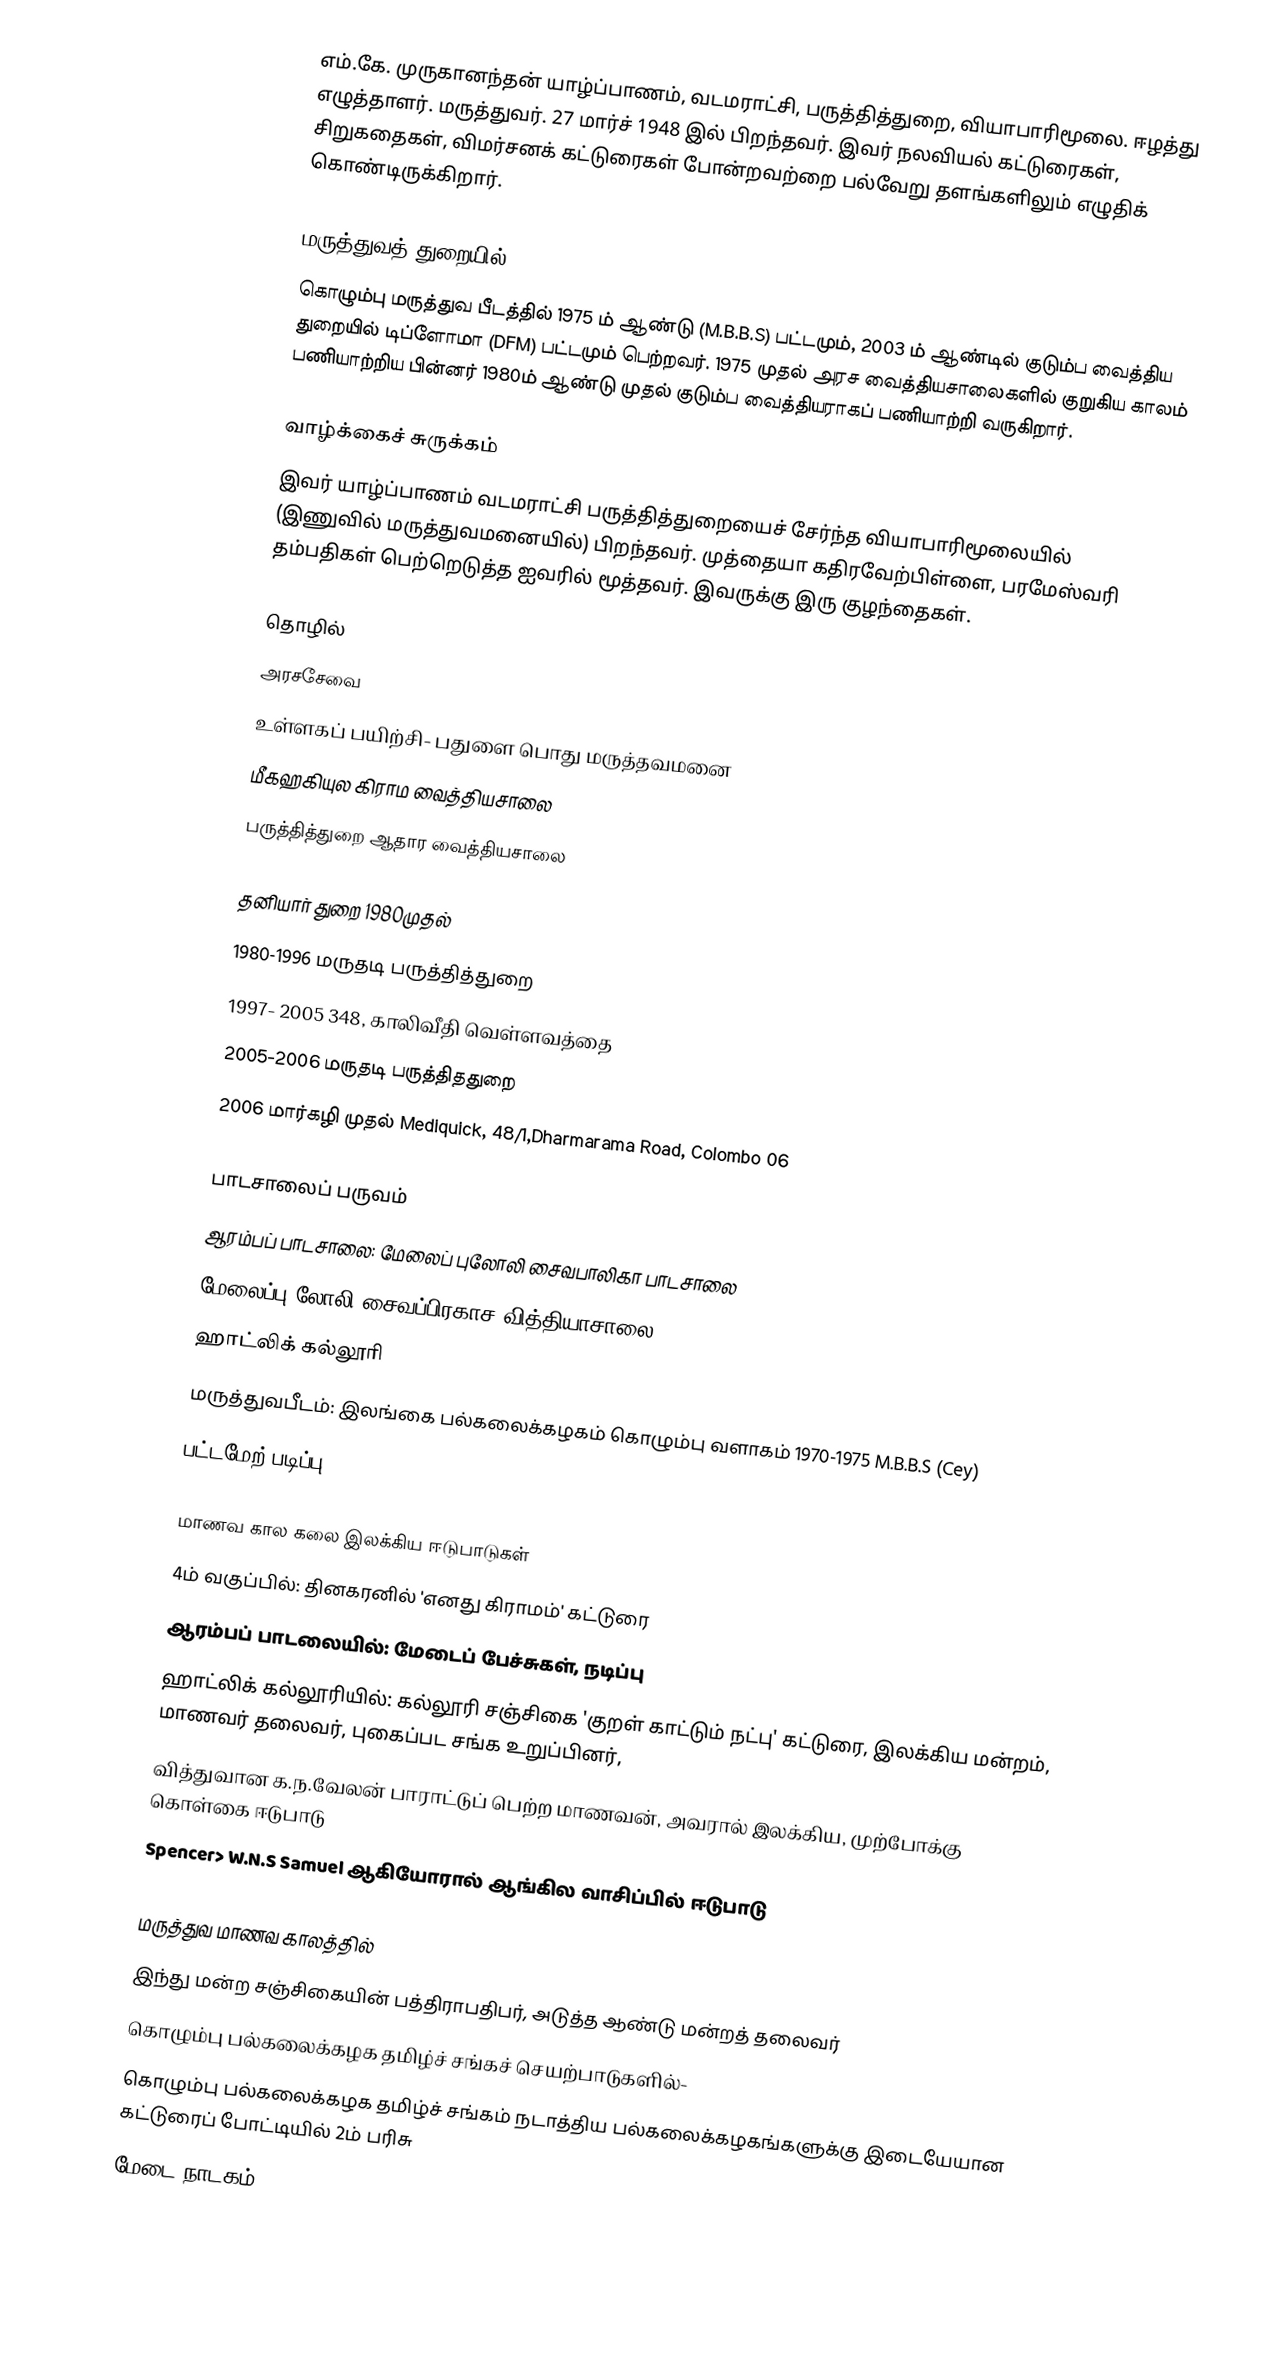
எம்.கே. முருகானந்தன் யாழ்ப்பாணம், வடமராட்சி, பருத்தித்துறை, வியாபாரிமூலை. ஈழத்து எழுத்தாளர். மருத்துவர். 27 மார்ச் 1948 இல் பிறந்தவர். இவர் நலவியல் கட்டுரைகள், சிறுகதைகள், விமர்சனக் கட்டுரைகள் போன்றவற்றை பல்வேறு தளங்களிலும் எழுதிக் கொண்டிருக்கிறார்.

மருத்துவத் துறையில்
கொழும்பு மருத்துவ பீடத்தில் 1975 ம் ஆண்டு (M.B.B.S) பட்டமும், 2003 ம் ஆண்டில் குடும்ப வைத்திய துறையில் டிப்ளோமா (DFM) பட்டமும் பெற்றவர். 1975 முதல் அரச வைத்தியசாலைகளில் குறுகிய காலம் பணியாற்றிய பின்னர் 1980ம் ஆண்டு முதல் குடும்ப வைத்தியராகப் பணியாற்றி வருகிறார்.

வாழ்க்கைச் சுருக்கம்
இவர் யாழ்ப்பாணம் வடமராட்சி பருத்தித்துறையைச் சேர்ந்த வியாபாரிமூலையில் (இணுவில் மருத்துவமனையில்) பிறந்தவர். முத்தையா கதிரவேற்பிள்ளை, பரமேஸ்வரி தம்பதிகள் பெற்றெடுத்த ஐவரில் மூத்தவர். இவருக்கு இரு குழந்தைகள்.

தொழில்
அரசசேவை
 உள்ளகப் பயிற்சி- பதுளை பொது மருத்தவமனை
 மீகஹகியுல கிராம வைத்தியசாலை
 பருத்தித்துறை ஆதார வைத்தியசாலை

தனியார் துறை 1980முதல்
 1980-1996 மருதடி பருத்தித்துறை
 1997- 2005 348, காலிவீதி வெள்ளவத்தை
 2005-2006 மருதடி பருத்திததுறை
 2006 மார்கழி முதல் Mediquick, 48/1,Dharmarama Road, Colombo 06

பாடசாலைப் பருவம்
 ஆரம்பப் பாடசாலை: மேலைப் புலோலி சைவபாலிகா பாடசாலை
 மேலைப்பு லோலி சைவப்பிரகாச வித்தியாசாலை
 ஹாட்லிக் கல்லூரி
 மருத்துவபீடம்: இலங்கை பல்கலைக்கழகம் கொழும்பு வளாகம் 1970-1975 M.B.B.S (Cey)
 பட்டமேற் படிப்பு: Diploma in Family Medicine (Colombo)

மாணவ கால கலை இலக்கிய ஈடுபாடுகள்
 4ம் வகுப்பில்: தினகரனில் 'எனது கிராமம்' கட்டுரை
 ஆரம்பப் பாடலையில்: மேடைப் பேச்சுகள், நடிப்பு
 ஹாட்லிக் கல்லூரியில்: கல்லூரி சஞ்சிகை 'குறள் காட்டும் நட்பு' கட்டுரை, இலக்கிய மன்றம், மாணவர் தலைவர், புகைப்பட சங்க உறுப்பினர்,
 வித்துவான க.ந.வேலன் பாராட்டுப் பெற்ற மாணவன், அவரால் இலக்கிய, முற்போக்கு கொள்கை ஈடுபாடு
 Spencer> W.N.S Samuel ஆகியோரால் ஆங்கில வாசிப்பில் ஈடுபாடு

மருத்துவ மாணவ காலத்தில்
 இந்து மன்ற சஞ்சிகையின் பத்திராபதிபர், அடுத்த ஆண்டு மன்றத் தலைவர்
 கொழும்பு பல்கலைக்கழக தமிழ்ச் சங்கச் செயற்பாடுகளில்-
 கொழும்பு பல்கலைக்கழக தமிழ்ச் சங்கம் நடாத்திய பல்கலைக்கழகங்களுக்கு இடையேயான கட்டுரைப் போட்டியில் 2ம் பரிசு
 மேடை நாடகம்-